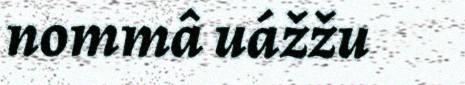
nommâ uážžu